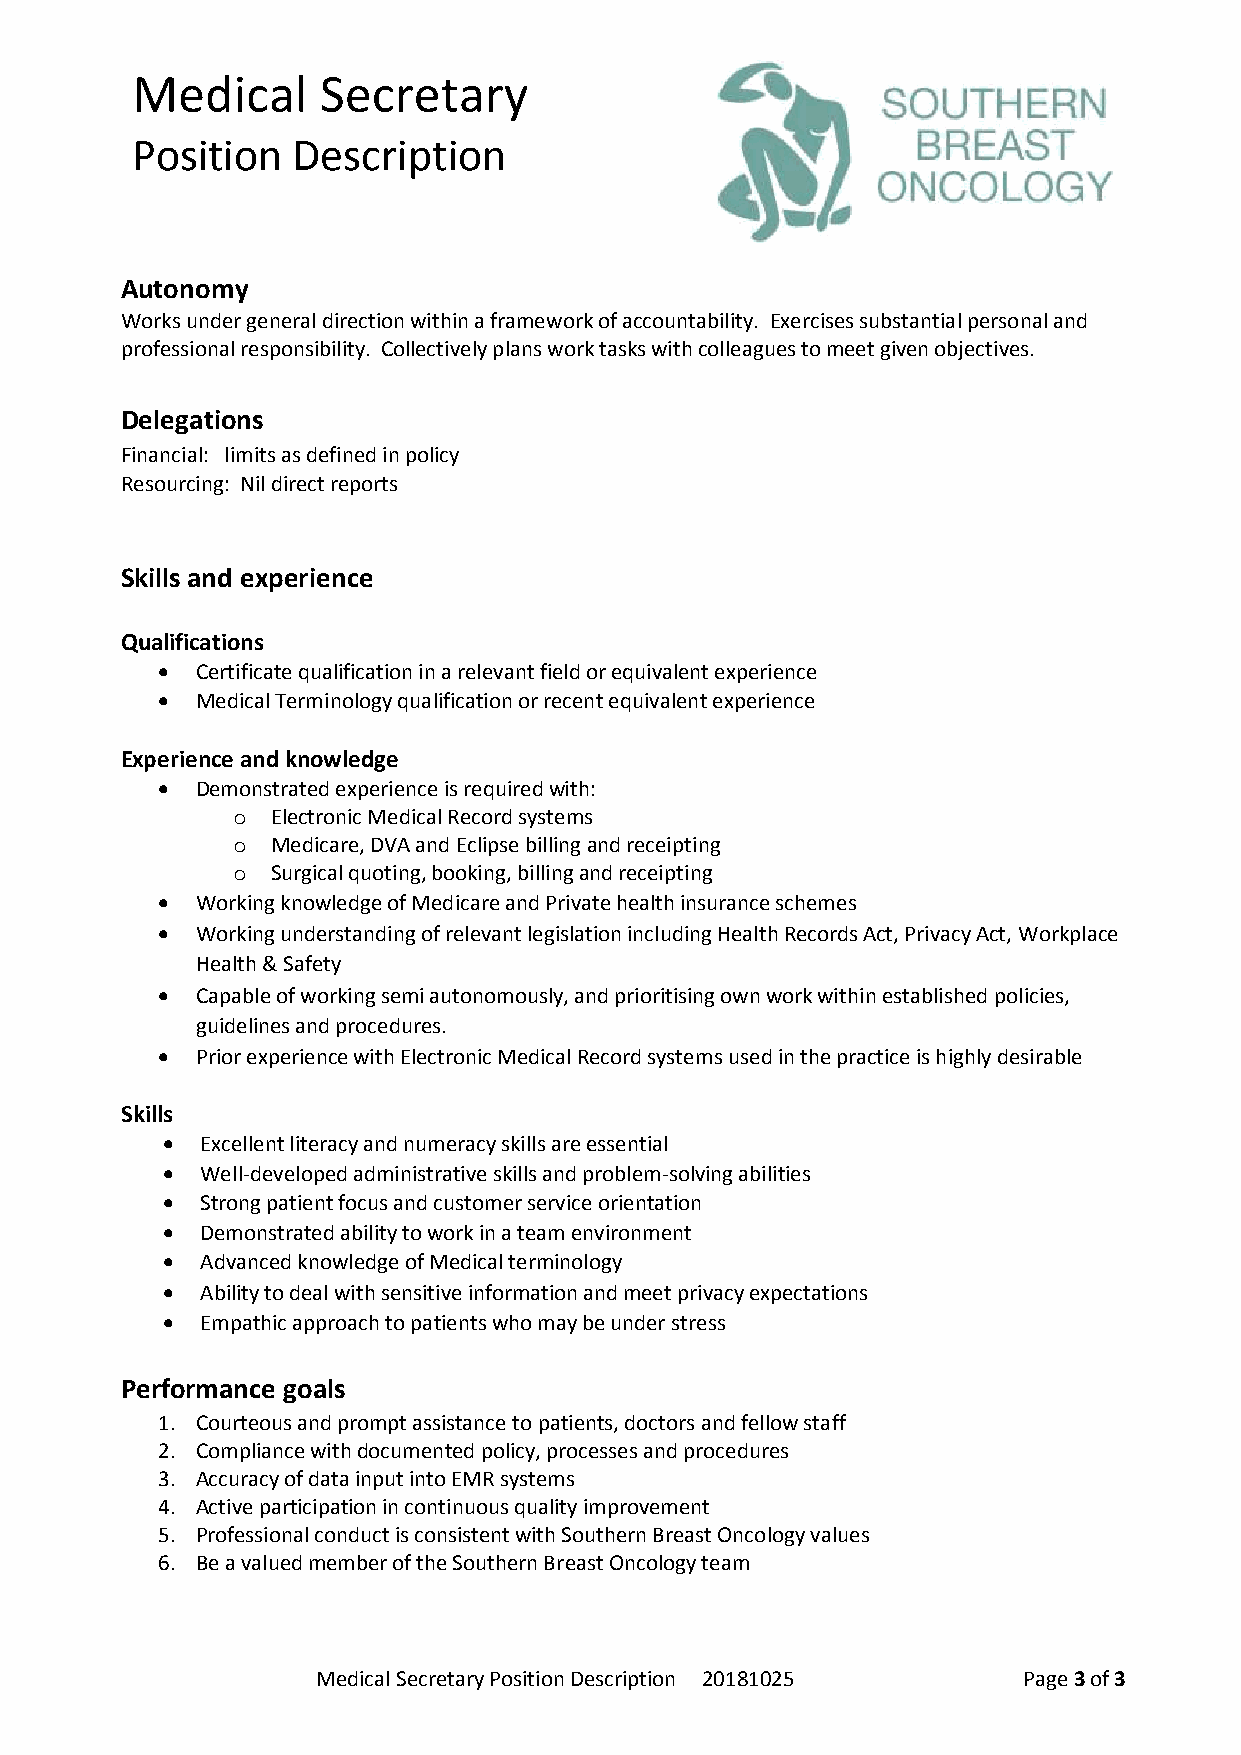
Medical     Secretary
 Position  Description
 Autonomy
 Works under general direction within a framework of accountability. Exercises substantial personal and
 professional responsibility. Collectively plans work tasks with colleagues to meet given objectives.
 Delegations
 Financial: limits as defined in policy
 Resourcing: Nil direct reports
 Skills and experience
 Qualifications
 •  Certificate qualification in a relevant field or equivalent experience
 •  Medical Terminology qualification or recent equivalent experience
 Experience and knowledge
 •  Demonstrated experience is required with:
 o  Electronic Medical Record systems
 o  Medicare, DVA and Eclipse billing and receipting
 o  Surgical quoting, booking, billing and receipting
 •  Working knowledge of Medicare and Private health insurance schemes
 •  Working understanding of relevant legislation including Health Records Act, Privacy Act, Workplace
 Health & Safety
 •  Capable of working semi autonomously, and prioritising own work within established policies,
 guidelines and procedures.
 •  Prior experience with Electronic Medical Record systems used in the practice is highly desirable
 Skills
 • Excellent literacy and numeracy skills are essential
 • Well-developed administrative skills and problem-solving abilities
 • Strong patient focus and customer service orientation
 • Demonstrated ability to work in a team environment
 • Advanced knowledge of Medical terminology
 • Ability to deal with sensitive information and meet privacy expectations
 • Empathic approach to patients who may be under stress
 Performance goals
 1. Courteous and prompt assistance to patients, doctors and fellow staff
 2. Compliance with documented policy, processes and procedures
 3. Accuracy of data input into EMR systems
 4. Active participation in continuous quality improvement
 5. Professional conduct is consistent with Southern Breast Oncology values
 6. Be a valued member of the Southern Breast Oncology team
 Medical Secretary Position Description 20181025 Page 3 of 3